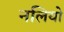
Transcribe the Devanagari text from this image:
नलियो